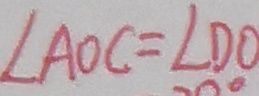
\angle A O C = \angle D O